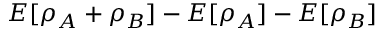
E [ \rho _ { A } + \rho _ { B } ] - E [ \rho _ { A } ] - E [ \rho _ { B } ]